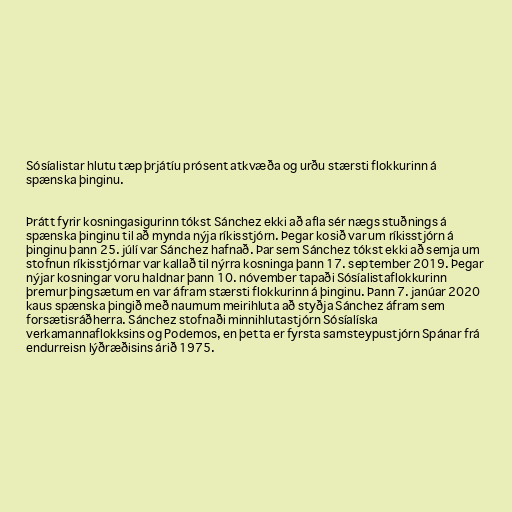
Sósíalistar hlutu tæp þrjátíu prósent atkvæða og urðu stærsti flokkurinn á
spænska þinginu.

Þrátt fyrir kosningasigurinn tókst Sánchez ekki að afla sér nægs stuðnings á
spænska þinginu til að mynda nýja ríkisstjórn. Þegar kosið var um ríkisstjórn á
þinginu þann 25. júlí var Sánchez hafnað. Þar sem Sánchez tókst ekki að semja um
stofnun ríkisstjórnar var kallað til nýrra kosninga þann 17. september 2019. Þegar
nýjar kosningar voru haldnar þann 10. nóvember tapaði Sósíalistaflokkurinn
þremur þingsætum en var áfram stærsti flokkurinn á þinginu. Þann 7. janúar 2020
kaus spænska þingið með naumum meirihluta að styðja Sánchez áfram sem
forsætisráðherra. Sánchez stofnaði minnihlutastjórn Sósíalíska
verkamannaflokksins og Podemos, en þetta er fyrsta samsteypustjórn Spánar frá
endurreisn lýðræðisins árið 1975.